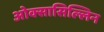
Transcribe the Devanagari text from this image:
ओक्सासिल्लिन